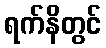
ရက်နိတွင်